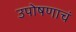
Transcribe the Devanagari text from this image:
उपोषणाचं